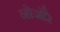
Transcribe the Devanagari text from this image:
नोजोरे